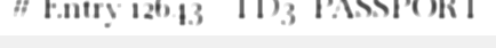
# Entry 12643 - TD3_PASSPORT